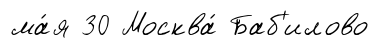
ма́я 30 Москва́ Баб'илово